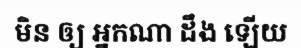
មិន ឲ្យ អ្នកណា ដឹង ឡើយ